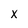
Character: x